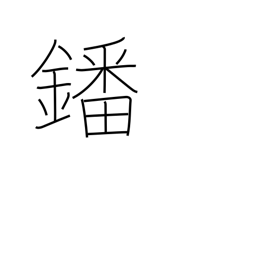
Meaning: vanadium